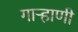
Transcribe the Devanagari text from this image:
गाऱ्हाणी